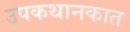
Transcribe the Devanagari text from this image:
उपकथानकात